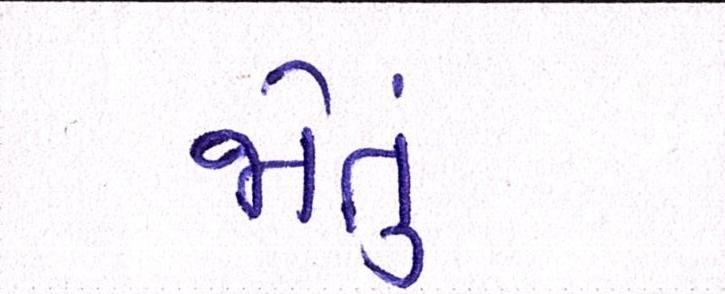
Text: જોતું